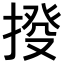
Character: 𢯸